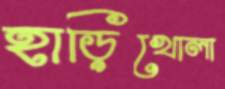
হাড়িখোলা